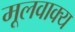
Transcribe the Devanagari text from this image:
मूलवाक्य